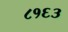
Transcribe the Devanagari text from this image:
८१६३